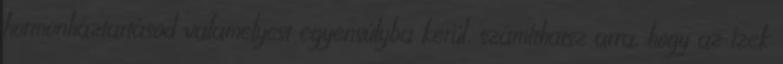
hormonháztartásod valamelyest egyensúlyba kerül, számíthatsz arra, hogy az ízek